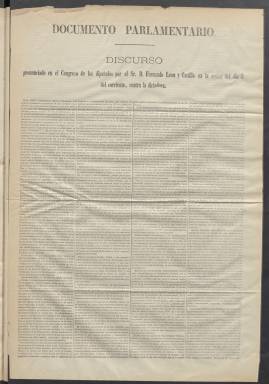
Título: El Constitucional (Madrid. 1876)
Colección: Periódicos
Ámbito geográfico: Madrid
Lugar de publicación: Madrid
Fechas: 01/01/1876-25/02/1878